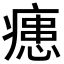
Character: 𭼢